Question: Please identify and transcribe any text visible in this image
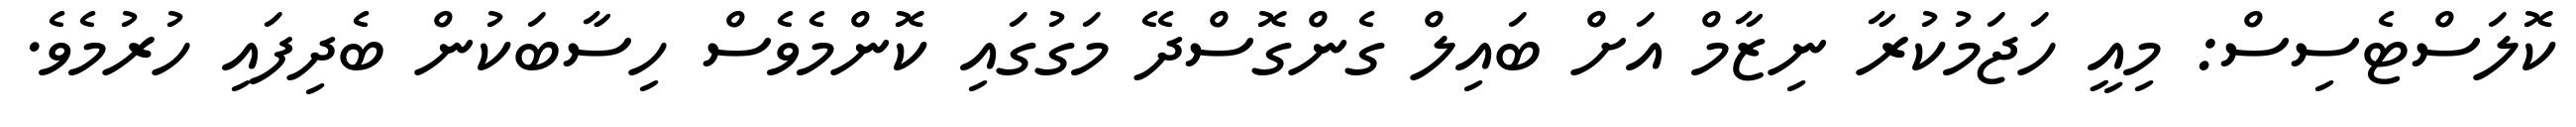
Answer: ކޮލަސްޓެސިސް: މިއީ ހަޖަމުކުރާ ނިޒާމް އަށް ބައިލް ގެންގޮސްދޭ މަގުގައި ކޮންމެވެސް ހިސާބަކުން ބެދިފައި ހުރުމެވެ.